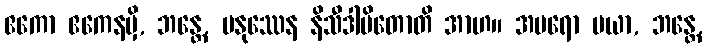
ဧကော ဧကေနမှိ, ဘန္တေ, မနုဿေန နိသီဒါပိတောတိ အာဟ။ အပရော မယာ, ဘန္တေ,